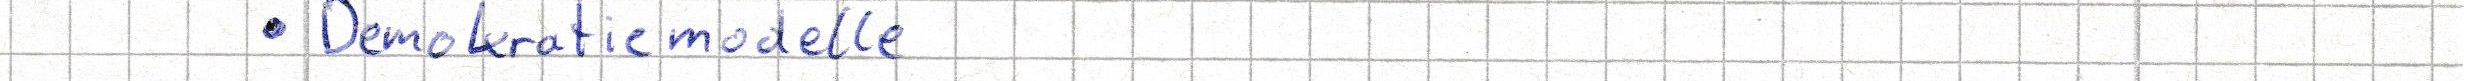
- Demokratiemodelle